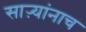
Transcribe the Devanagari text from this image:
साऱ्यांनाच